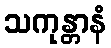
သကုန္တာနံ